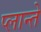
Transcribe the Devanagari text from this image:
प्लान्ते